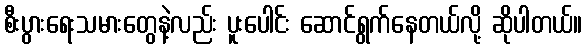
စီးပွားရေးသမားတွေနဲ့လည်း ပူးပေါင်း ဆောင်ရွက်နေတယ်လို့ ဆိုပါတယ်။